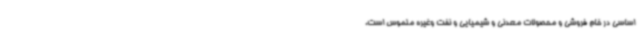
اساسی در خام فروشی و محصولات معدنی و شیمیایی و نفت وغیره ملموس است.